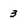
Character: 3